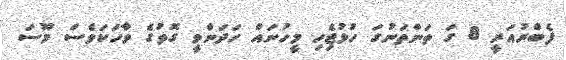
ފެބްރުއަރީ 8 ގަ ތަންތަނުގަ ހުޅުޖެިހި މީހުނައް ހަދަންވީ ގޮތުގެ ވާހަކަވެސް މޫސަ